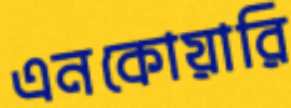
এনকোয়ারি